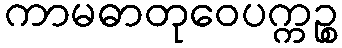
ကာမဓာတုဝေပက္ကဉ္စ